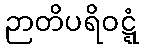
ဉာတိပရိဝဋ္ဋံ